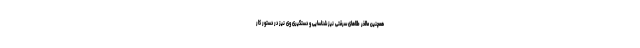
همچنین مالخر طلاهای سرقتی نیز شناسایی و دستگیری وی نیز در دستور کار